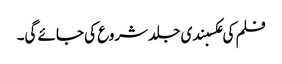
فلم کی عکسبندی جلد شروع کی جائے گی۔